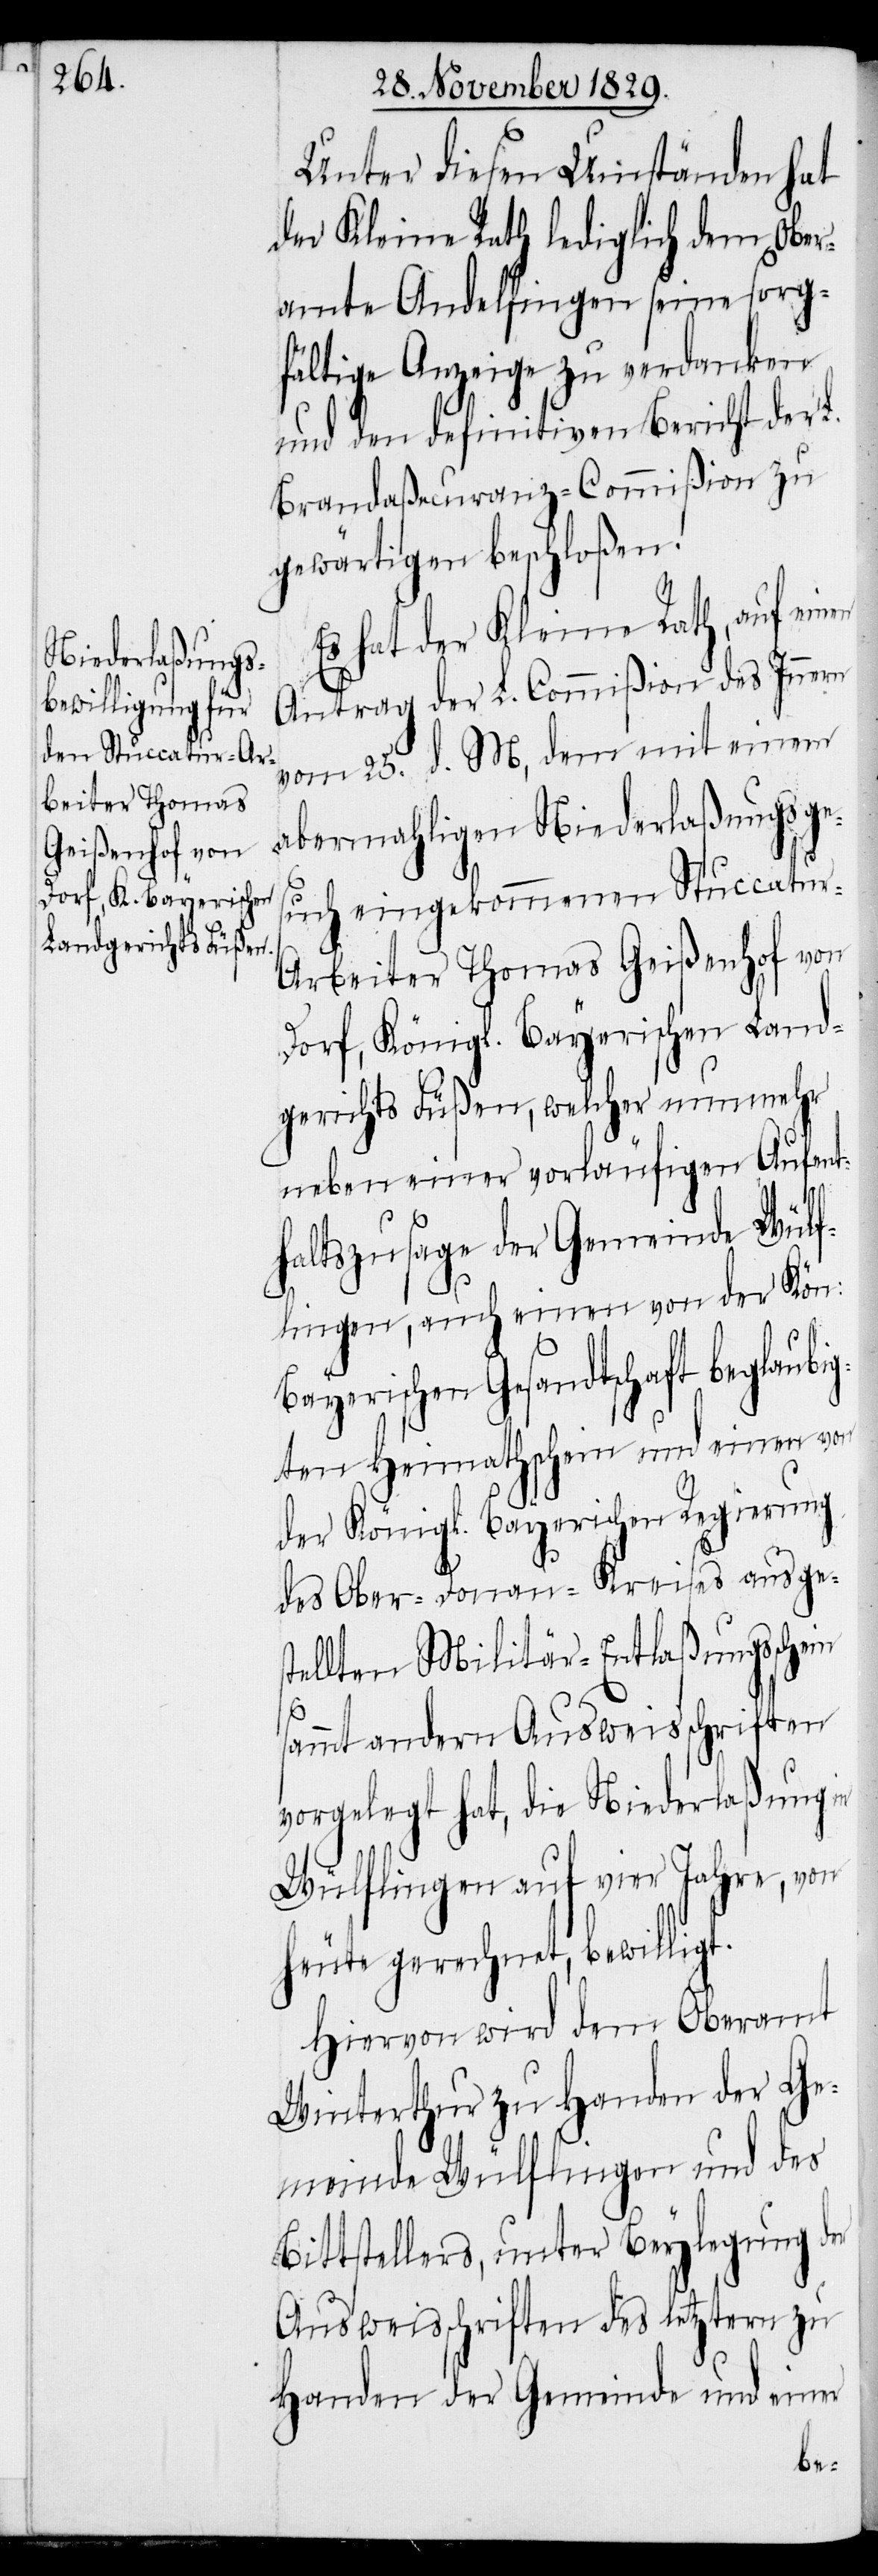
Unter diesen Umständen hat
der Kleine Rath lediglich dem Ober¬
amte Andelfingen seine sorg¬
fältige Anzeige zu verdanken
und den definitiven Bericht der L.
Brandaßecuranz-Commißion zu
gewärtigen beschloßen.
einen
Es hat der Kleine Rath, auf
Antrag der L. Commißion des Innern
vom 25. d. M., dem mit einem
abermahligen Niederlaßungsge¬
such eingekommenen Stuccatur-A¬
rbeiter Thomas Geißenhof von
Dorf, Königl. Bayerischen Land¬
gerichts Füßen, welcher nunmehr
neben einer vorläufigen Aufent¬
haltszusage der Gemeinde Wülf¬
lingen, auch einen von der Kön:
Bayerischen Gesandtschaft beglaubi¬
gten Heimathschein und einen von
der Königl. Bayerischen Regierung
des Ober-Donau-Kreises ausges¬
tellten Militär-Entlaßungsschein
sammt andern Ausweisschriften
vorgelegt hat, die Niederlaßung in
Wülflingen auf vier Jahre, von
heute gerechnet, bewilligt.
Hiervon wird dem Oberamt
Winterthur zu Handen der Ge¬
meinde Wülflingen und des
Bittstellers, unter Beylegung der
Ausweisschriften des letztern zu
Handen der Gemeinde und einer